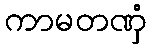
ကာမတဏှံ